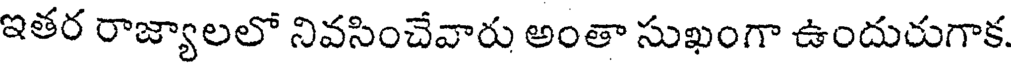
ఇతర రాజ్యాలలో నివసించేవారు అంతా సుఖంగా ఉందురుగాక.